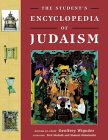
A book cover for The Student's Encyclopedia of Judaism; Teen & Young Adult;